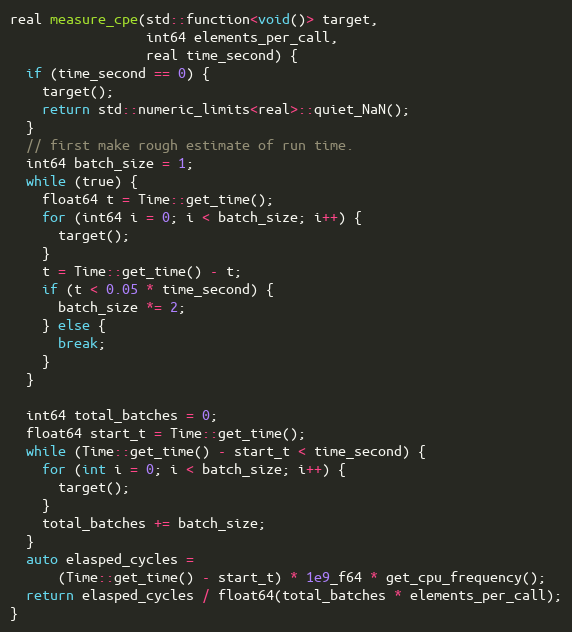
Language: C++
real measure_cpe(std::function<void()> target,
                 int64 elements_per_call,
                 real time_second) {
  if (time_second == 0) {
    target();
    return std::numeric_limits<real>::quiet_NaN();
  }
  // first make rough estimate of run time.
  int64 batch_size = 1;
  while (true) {
    float64 t = Time::get_time();
    for (int64 i = 0; i < batch_size; i++) {
      target();
    }
    t = Time::get_time() - t;
    if (t < 0.05 * time_second) {
      batch_size *= 2;
    } else {
      break;
    }
  }

  int64 total_batches = 0;
  float64 start_t = Time::get_time();
  while (Time::get_time() - start_t < time_second) {
    for (int i = 0; i < batch_size; i++) {
      target();
    }
    total_batches += batch_size;
  }
  auto elasped_cycles =
      (Time::get_time() - start_t) * 1e9_f64 * get_cpu_frequency();
  return elasped_cycles / float64(total_batches * elements_per_call);
}